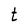
Character: t